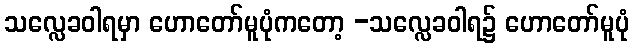
သလ္လေခဝါရမှာ ဟောတော်မူပုံကတော့ -သလ္လေခဝါရ၌ ဟောတော်မူပုံ